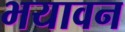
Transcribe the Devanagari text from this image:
भयावन